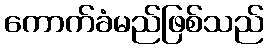
ကောက်ခံမည်ဖြစ်သည်